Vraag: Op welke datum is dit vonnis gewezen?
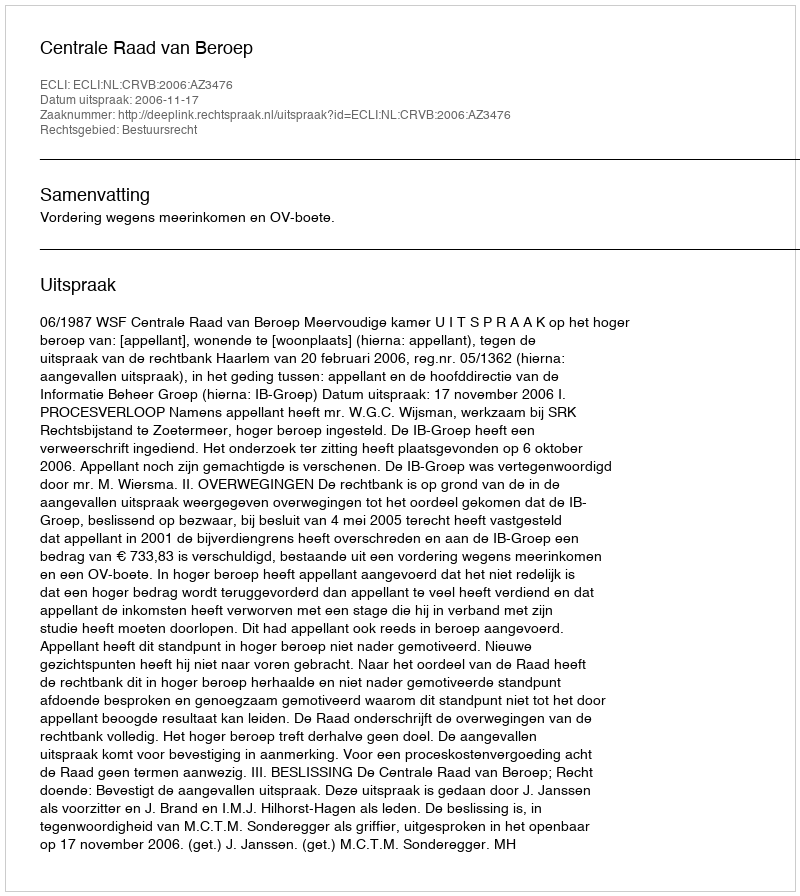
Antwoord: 2006-11-17